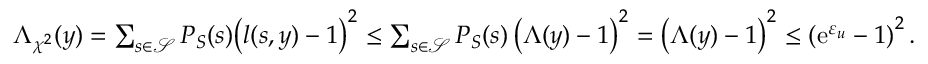
\begin{array} { r } { \Lambda _ { \chi ^ { 2 } } ( y ) = \sum _ { s \in \mathcal { S } } P _ { S } ( s ) \big ( l ( s , y ) - 1 \big ) ^ { 2 } \leq \sum _ { s \in \mathcal { S } } P _ { S } ( s ) \left( \Lambda ( y ) - 1 \right) ^ { 2 } = \left( \Lambda ( y ) - 1 \right) ^ { 2 } \leq \left( \mathrm { e } ^ { \varepsilon _ { u } } - 1 \right) ^ { 2 } . } \end{array}